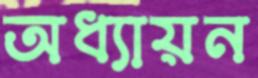
অধ্যায়ন